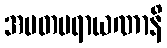
အမတပရာယဏာနိ